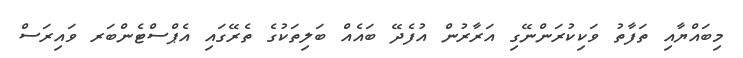
މިބައްޔާއި ތަފާތު ވަކިކުރަންނޭގި އަރާރުން އުފެދޭ ބައެއް ބަލިތަކުގެ ތެރޭގައި އެޕްސްޓެންބަރ ވައިރަސް